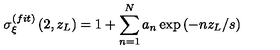
\sigma _ { \xi } ^ { ( f i t ) } \left( 2 , z _ { L } \right) = 1 + \sum _ { n = 1 } ^ { N } a _ { n } \exp \left( - n z _ { L } / s \right)